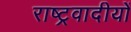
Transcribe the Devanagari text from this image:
राष्ट्रवादीयों